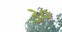
૩૦